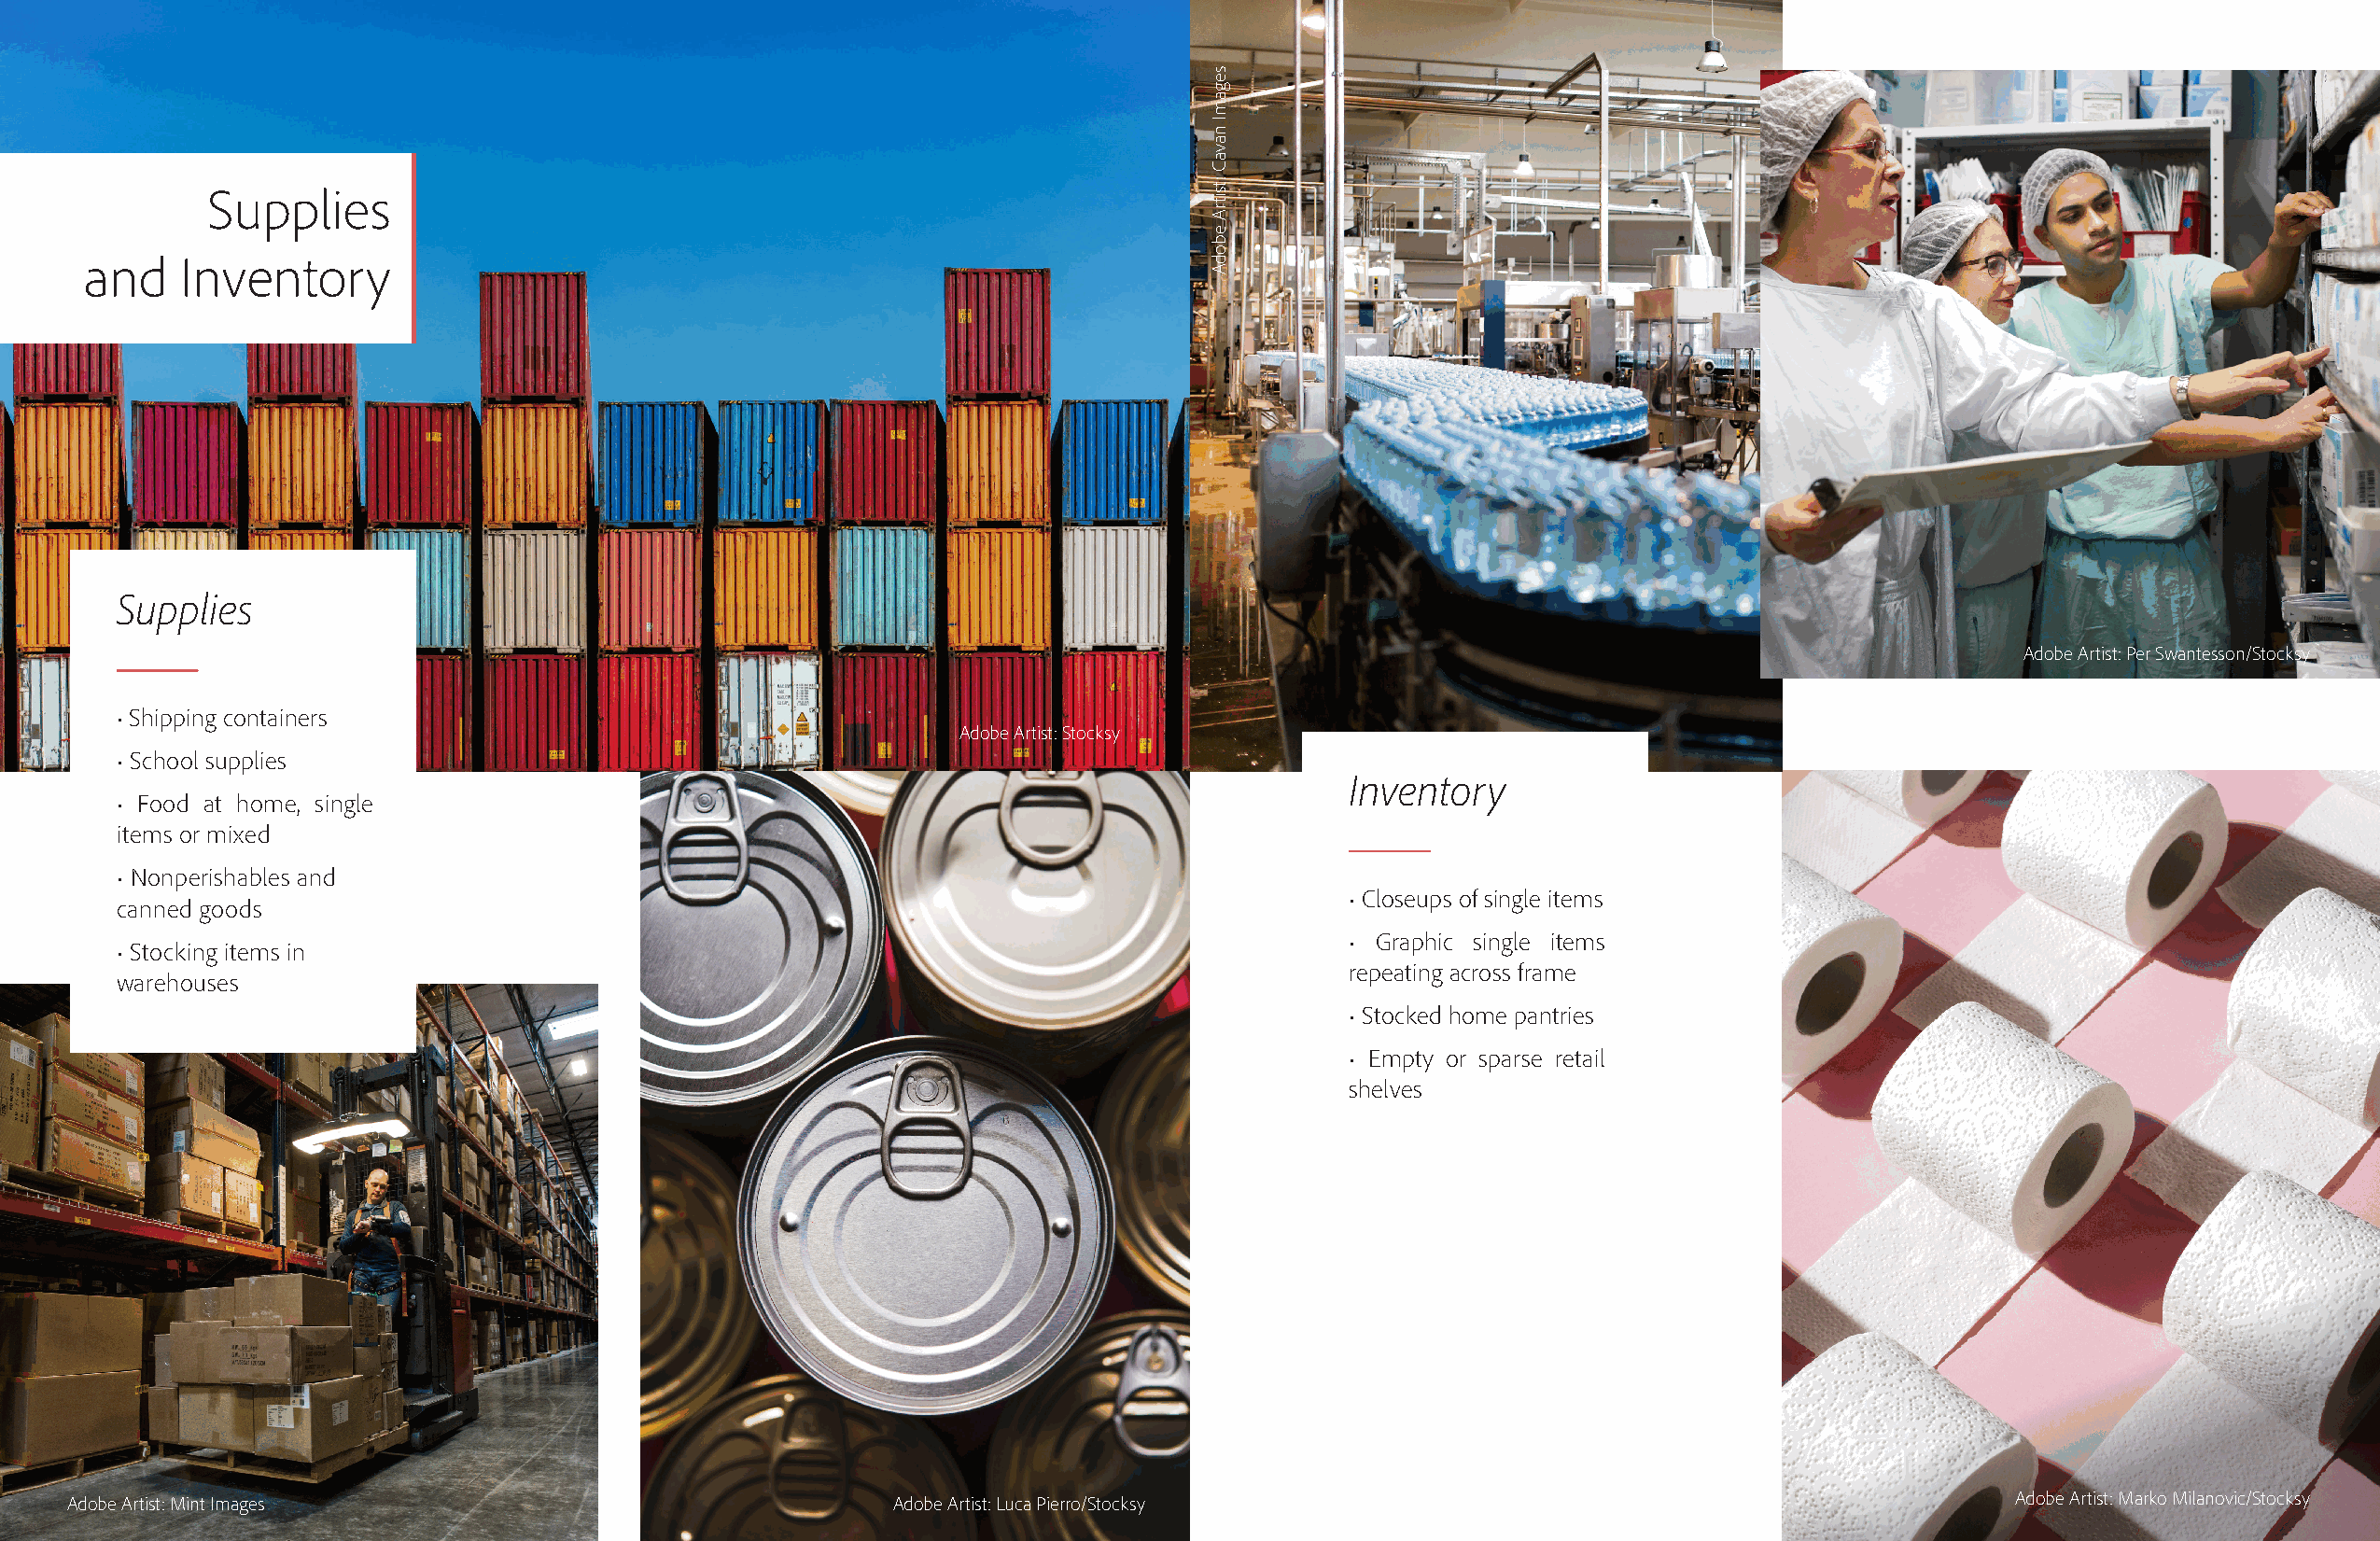
Supplies
 and    Inventory
 Supplies
 Adobe Artist: Per Swantesson/Stocksy
 • Shipping containers
 Adobe Artist: Stocksy
 • School supplies
 Inventory
 • Food at home, single
 items or mixed
 • Nonperishables and
 • Closeups of single items
 canned goods
 • Graphic single items
 • Stocking items in
 repeating across frame
 warehouses
 • Stocked home pantries
 • Empty or sparse retail
 shelves
 Adobe Artist: Mint Images                                 Adobe Artist: Luca Pierro/Stocksy                                               Adobe Artist: Marko Milanovic/Stocksy
 segamI
 navaC
 :tsitrA
 ebodA